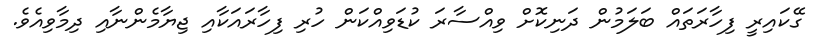
ގޭކައިރީ ފިހާރަތައް ބަލަމުން ދަނިކޮށް ވިއްސާރަ ކުޑަވިއްކަން ހުރި ފިހާރައަކާއި ޖިޔާމެންނާއި ދިމާވިއެވެ.